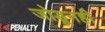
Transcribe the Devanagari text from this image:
जोडूनही